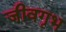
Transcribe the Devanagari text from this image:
जीवगृभ